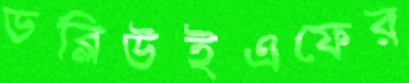
ডব্লিউইএফের